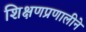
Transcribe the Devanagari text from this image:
शिक्षणप्रणालीने